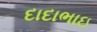
દાદાભાઇ